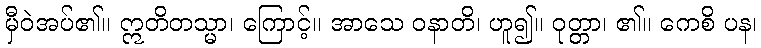
မှီဝဲအပ်၏။ ဣတိတသ္မာ၊ ကြောင့်။ အာသေ ဝနာတိ၊ ဟူ၍။ ဝုတ္တာ၊ ၏။ ကေစိ ပန၊